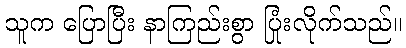
သူက ပြောပြီး နာကြည်းစွာ ပြုံးလိုက်သည်။